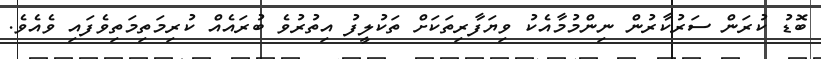
ބޮޑު ކުރަން ސަރުކާރުން ނިންމުމާއެކު ވިޔަފާރިތަކަށް ތަކުލީފު އިތުރުވެ ބުރައެއް ކުރިމަތިމަތިވެފައި ވެއެވެ.